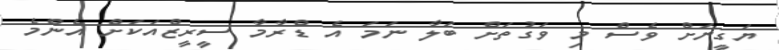
ޔަގީނަށް ވެސް މި ވަގުތަށް ބަލާ ނަމަ އެ ޑްރާމާ ސީރީޒްއަކަށް އެންމެ